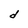
Character: d